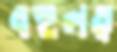
বহুলত্ব